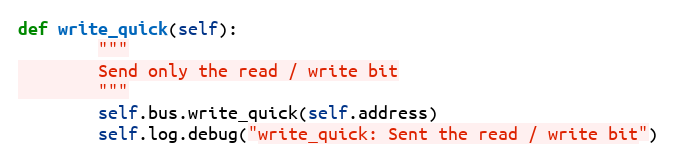
Language: Python
def write_quick(self):
        """
        Send only the read / write bit
        """
        self.bus.write_quick(self.address)
        self.log.debug("write_quick: Sent the read / write bit")